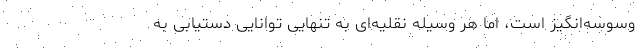
وسوسه‌انگیز است، اما هر وسیله نقلیه‌ای به تنهایی توانایی دستیابی به